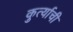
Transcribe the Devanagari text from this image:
कुर्त्याची